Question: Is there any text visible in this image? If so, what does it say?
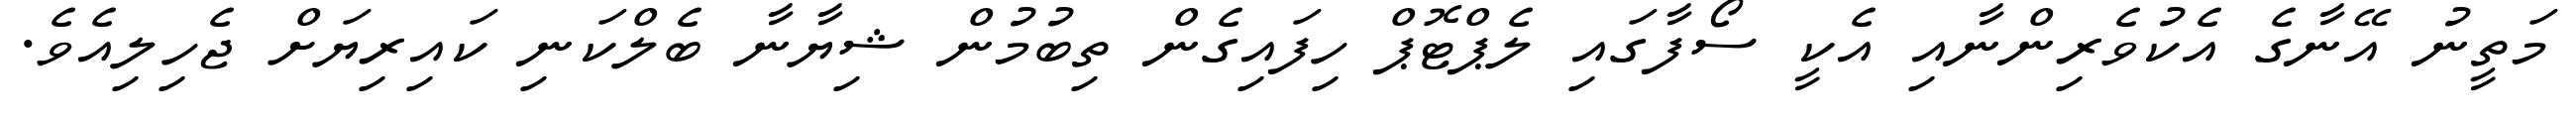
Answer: މަތީނު އޭނާގެ އެކުވެރިންނާއި އެކީ ސޯފާގައި ލެޕްޓޮޕް ހިފައިގެން ތިބުމުން ޝިޔާނާ ބެލްކަނި ކައިރިޔަށް ޖެހިލިއެވެ.